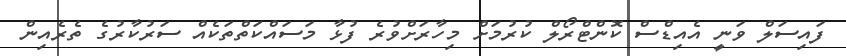
ފައިސަލް ވަނީ އެއިޑްސް ކޮންޓްރޯލް ކުރުމަށް މިހާރަށްވުރެ ފުޅާ މަސައްކަތްތަކެއް ސަރުކާރުގެ ތެރެއިން